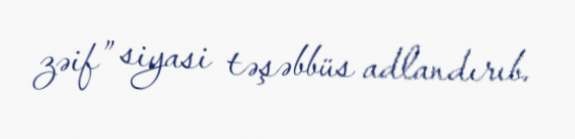
zəif” siyasi təşəbbüs adlandırıb.